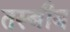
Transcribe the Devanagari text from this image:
तस्बीब